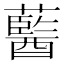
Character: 𧂢